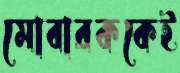
মোবারককেই